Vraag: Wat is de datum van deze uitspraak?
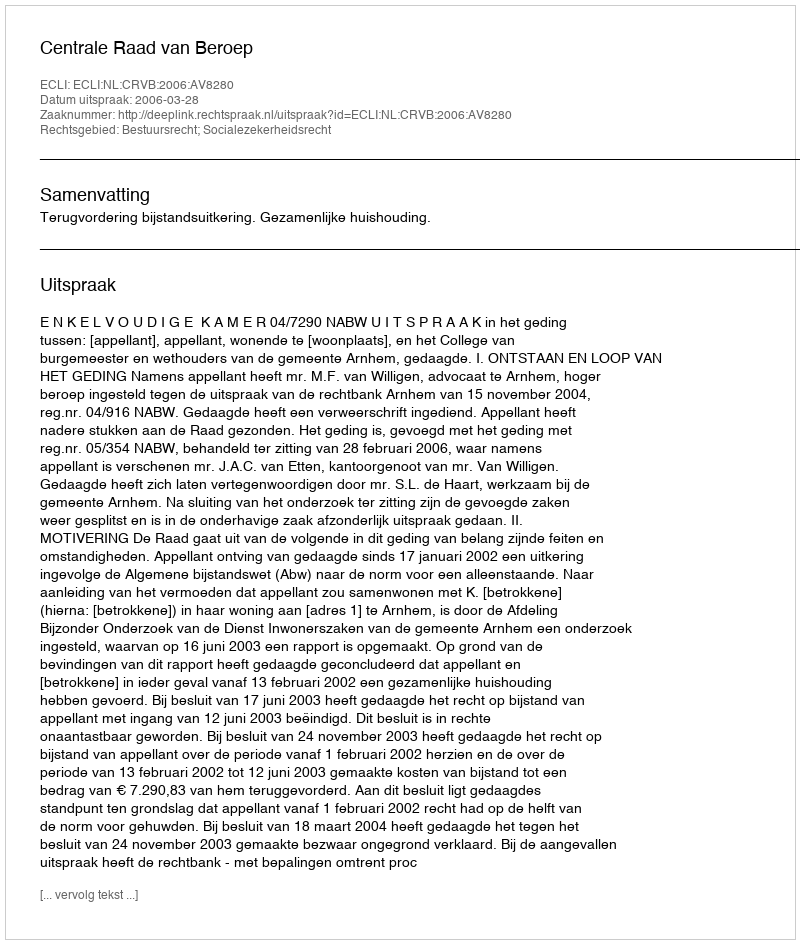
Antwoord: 2006-03-28